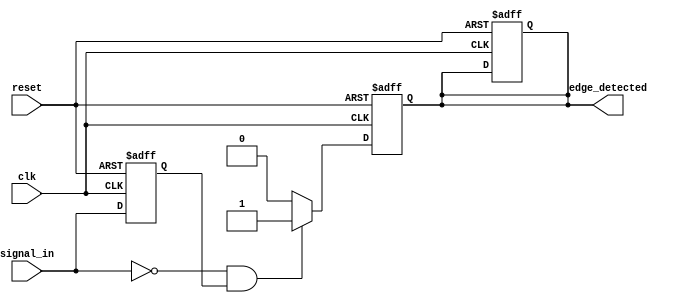
module negative_edge_detector (
    input wire clk,            // Clock signal
    input wire reset,          // Reset signal
    input wire signal_in,      // Input signal to detect negative edge
    output reg edge_detected    // Output signal indicating negative edge detection
);

    // Internal signal to hold the previous state of signal_in
    reg previous_state;

    // D Flip-Flop to store the previous state of signal_in
    always @(posedge clk or posedge reset) begin
        if (reset) begin
            previous_state <= 1'b0; // Initialize previous state to 0 on reset
            edge_detected <= 1'b0;   // Initialize edge_detected to 0 on reset
        end else begin
            previous_state <= signal_in; // Store the current state of signal_in
        end
    end

    // Edge detection logic
    always @(posedge clk or posedge reset) begin
        if (reset) begin
            edge_detected <= 1'b0; // Reset edge_detected on reset
        end else begin
            // Detect negative edge: current is 0, previous is 1
            if (signal_in == 1'b0 && previous_state == 1'b1) begin
                edge_detected <= 1'b1; // Set edge_detected high
            end else begin
                edge_detected <= 1'b0; // Reset edge_detected otherwise
            end
        end
    end

endmodule